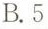
B.5